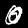
Digit: 0